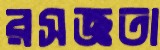
রসজ্ঞতা